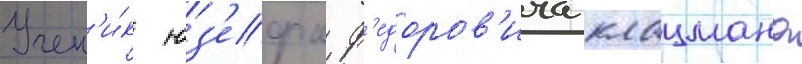
Учен'и́к юз'ефа ф'едоров'ича клацмана